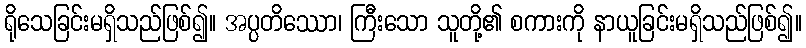
ရိုသေခြင်းမရှိသည်ဖြစ်၍။ အပ္ပတိဿော၊ ကြီးသော သူတို့၏ စကားကို နာယူခြင်းမရှိသည်ဖြစ်၍။